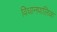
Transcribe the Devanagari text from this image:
विधानपालिक